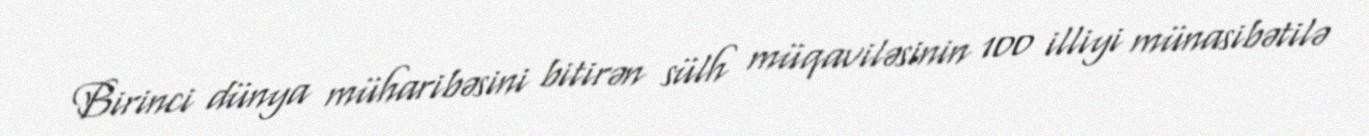
Birinci dünya müharibəsini bitirən sülh müqaviləsinin 100 illiyi münasibətilə